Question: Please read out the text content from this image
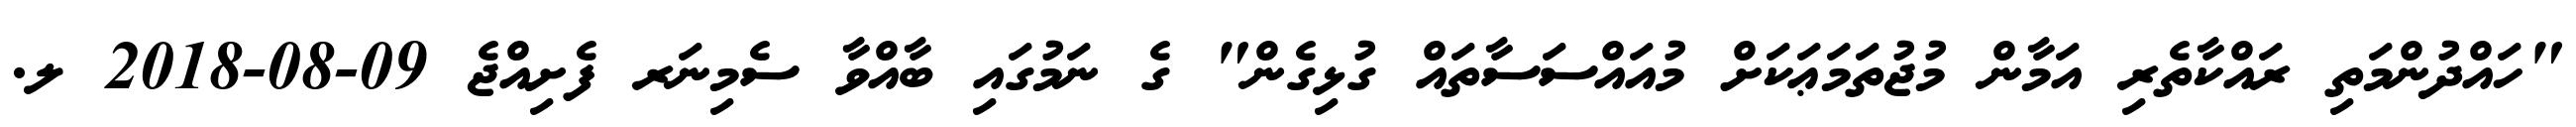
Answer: "ހައްދުންމަތި ރައްކާތެރި އަމާން މުޖުތަމަޢަކަށް މުއައްސަސާތައް ގުޅިގެން" ގެ ނަމުގައި ބާއްވާ ސެމިނަރ ފެށިއްޖެ 09-08-2018 ލ.